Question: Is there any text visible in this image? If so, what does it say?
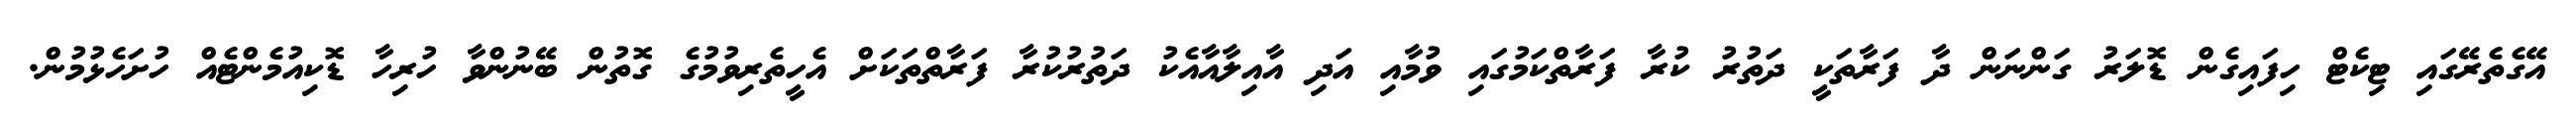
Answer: އޭގެތެރޭގައި ޓިކެޓް ހިފައިގެން ޑޮލަރު ގަންނަން ދާ ފަރާތަކީ ދަތުރު ކުރާ ފަރާތްކަމުގައި ވުމާއި އަދި އާއިލާއާއެކު ދަތުރުކުރާ ފަރާތްތަކަށް އެހީތެރިވުމުގެ ގޮތުން ބޭނުންވާ ހުރިހާ ޑޮކިއުމެންޓެއް ހުށަހެޅުމުން.